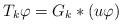
LaTeX: \begin{align*}T_k\varphi=G_k*(u\varphi)\end{align*}